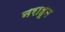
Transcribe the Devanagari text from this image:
नराहून